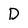
Character: D